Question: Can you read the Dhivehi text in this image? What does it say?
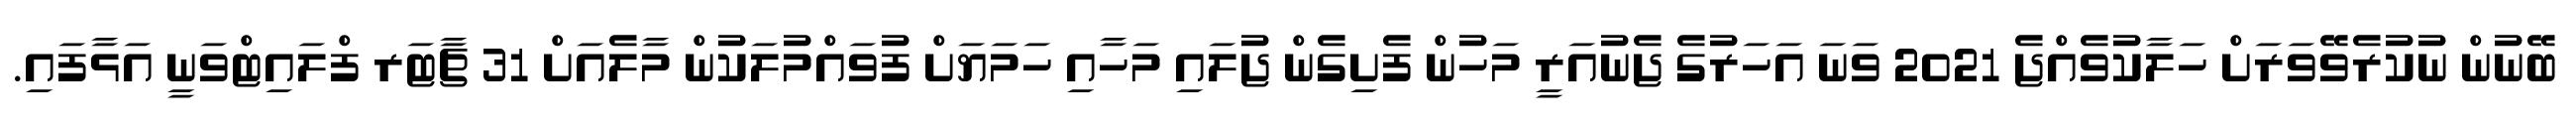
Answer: ބޭނުން ނުކުރެވޭވަރަށް ހަލާކުވެއްޖެ 2021 ވަނަ އަހަރުގެ ޖެނުއަރީ މަހުން ފެށިގެން ޖުލައި މަހާއި ހަމަޔަށް ފުވައްމުލަކުން މާލެއަށް 31 ޗާޓަރ ފްލައިޓްވަނީ އަޅާފައި.